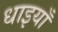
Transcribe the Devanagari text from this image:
धाइयाँ